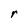
Character: r